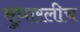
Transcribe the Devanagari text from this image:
सुधारलीच